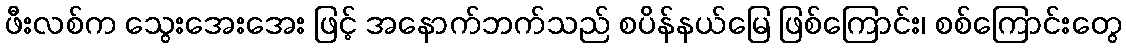
ဖီးလစ်က သွေးအေးအေး ဖြင့် အနောက်ဘက်သည် စပိန်နယ်မြေ ဖြစ်ကြောင်း၊ စစ်ကြောင်းတွေ